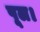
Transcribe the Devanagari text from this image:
पूल।